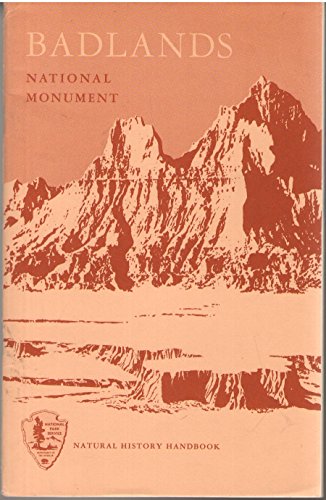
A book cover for Badlands National Monument (Natural History Handbook Series, 2); Carl R. Swartzlow; Travel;